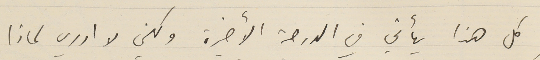
كل هذا يأتي في الدرجة الأخيرة ولكني لا ادري لماذا